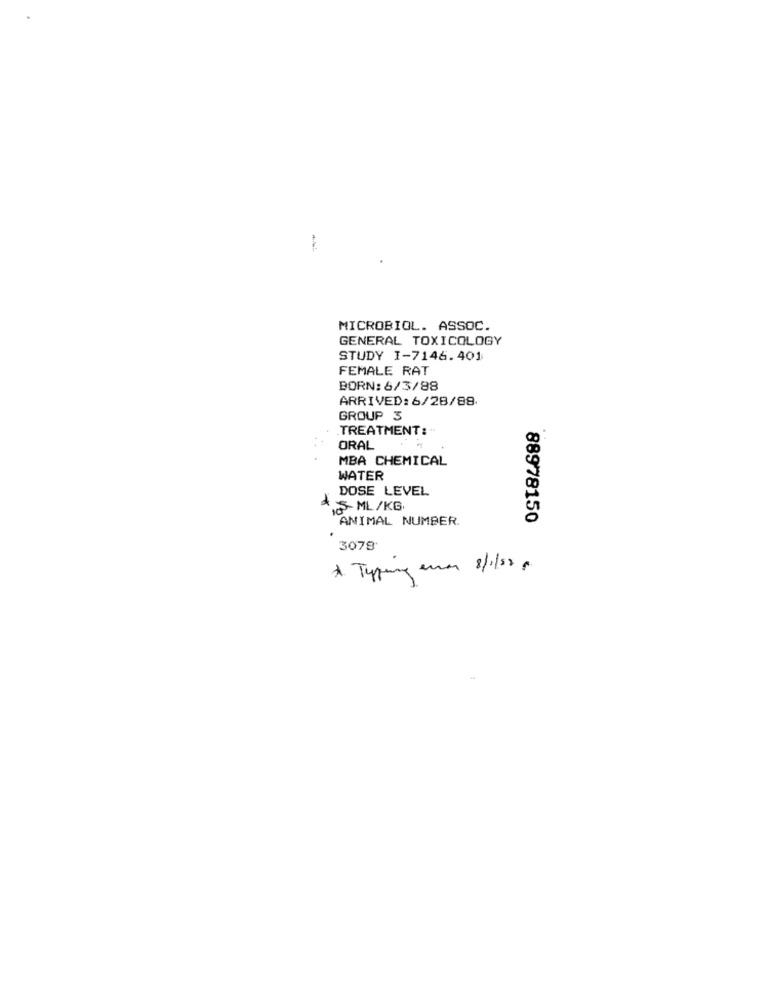
MICROBIOL. ASSOC.
GENERAL TOXICOLOGY
STUDY I-7146.401
FEMALE RAT
BORN: 6/3/88
ARRIVED: 6/28/88.
GROUP 3
TREATMENT:
ORAL
MBA CHEMICAL
WATER
DOSE LEVEL
5- ML /KG
ANIMAL NUMBER.
88978150
3078'
* Tapping eran 8/1/52 .